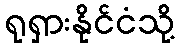
ရုရှားနိုင်ငံသို့